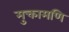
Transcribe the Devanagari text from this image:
मुक्तामणि